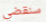
سنقضي